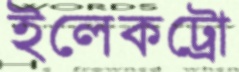
ইলেকট্রো